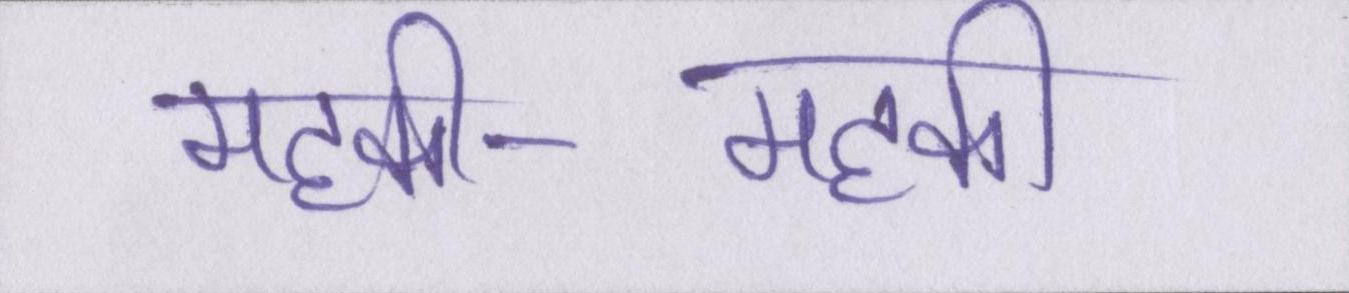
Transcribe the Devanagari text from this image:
महकी-महकी